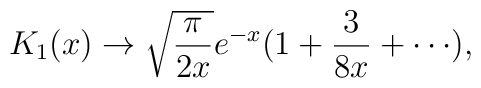
K_1 (x) \to \sqrt{{\pi \over 2x}}e^{-x}(1 + {3 \over 8x} + \cdots ),